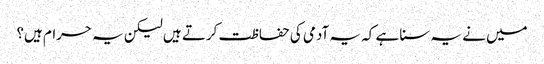
میں نے یہ سنا ہے کہ یہ آدمی کی حفاظت کرتے ہیں لیکن یہ حرام ہیں؟